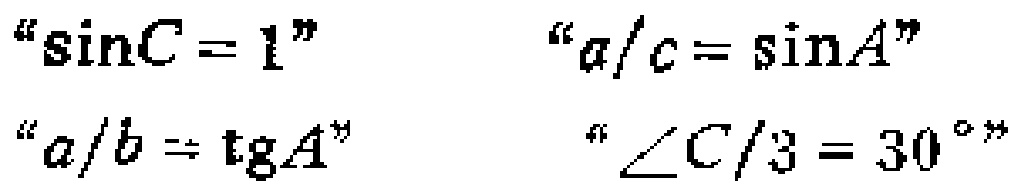
“\(\sin C = 1\)”  “\(a/c=\sin A\)”

“\(a/b = \mathrm{tg}A\)”  “\(\angle C/3 = 30^{\circ}\)”